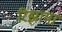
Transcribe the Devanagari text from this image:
रिझाया